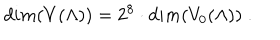
d i m ( V ( \Lambda ) ) = 2 ^ { 8 } \cdot d i m ( V _ { 0 } ( \Lambda ) ) \; .